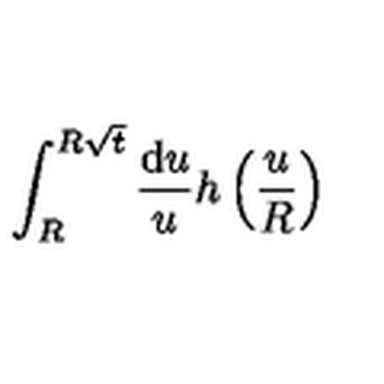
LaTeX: \int _ { R } ^ { R \sqrt { t } } \frac { \mathrm { d } u } { u } h \left( \frac { u } { R } \right)